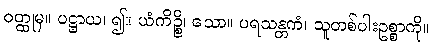
ဝတ္ထုမှ။ ပဋ္ဌာယ၊ ၍။ ယံကိဉ္စိ၊ သော။ ပရသန္တကံ၊ သူတစ်ပါးဥစ္စာကို။